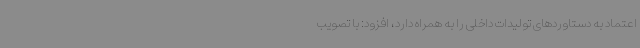
اعتماد به دستاوردهای تولیدات داخلی را به همراه دارد، افزود: با تصویب